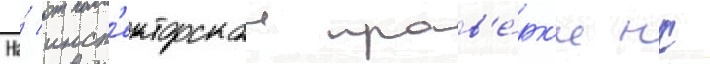
На́ инсп'екторскои пров'е́рк'е нк